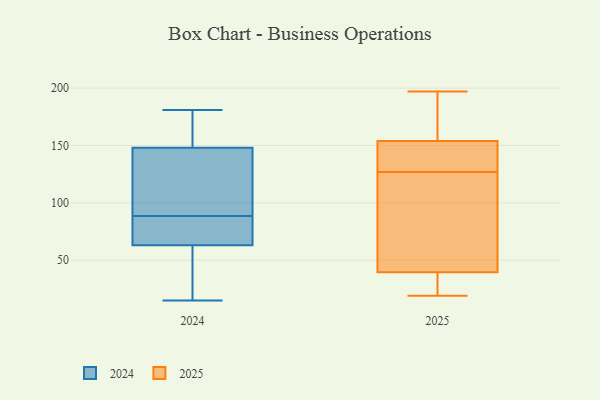
{"axis": {"x": "Inventory Turnover", "y": "Value"}, "legend": ["2024", "2025"], "data": [{"x": "", "y": 89, "type": "2024"}, {"x": "", "y": 159, "type": "2024"}, {"x": "", "y": 15, "type": "2024"}, {"x": "", "y": 181, "type": "2024"}, {"x": "", "y": 88, "type": "2024"}, {"x": "", "y": 63, "type": "2024"}, {"x": "", "y": 42, "type": "2024"}, {"x": "", "y": 78, "type": "2024"}, {"x": "", "y": 112, "type": "2024"}, {"x": "", "y": 148, "type": "2024"}, {"x": "", "y": 172, "type": "2025"}, {"x": "", "y": 40, "type": "2025"}, {"x": "", "y": 23, "type": "2025"}, {"x": "", "y": 196, "type": "2025"}, {"x": "", "y": 197, "type": "2025"}, {"x": "", "y": 145, "type": "2025"}, {"x": "", "y": 148, "type": "2025"}, {"x": "", "y": 38, "type": "2025"}, {"x": "", "y": 110, "type": "2025"}, {"x": "", "y": 127, "type": "2025"}, {"x": "", "y": 147, "type": "2025"}, {"x": "", "y": 19, "type": "2025"}, {"x": "", "y": 123, "type": "2025"}]}